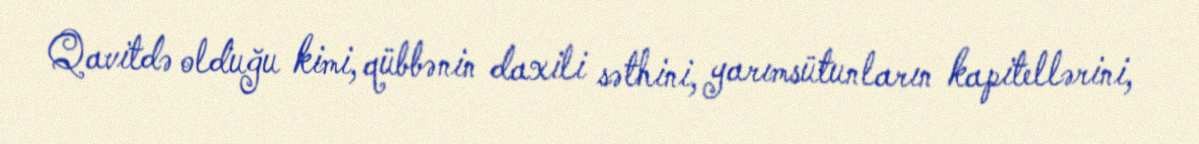
Qavitdə olduğu kimi, qübbənin daxili səthini, yarımsütunların kapitellərini,